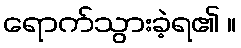
ရောက်သွားခဲ့ရ၏ ။